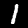
Label: 1